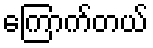
ကြောက်တယ်